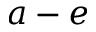
a - e